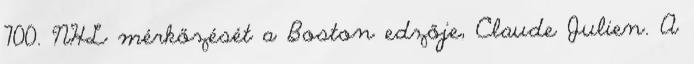
700. NHL mérkőzését a Boston edzője, Claude Julien. A